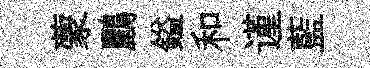
蒙鸝鎰和谨藍